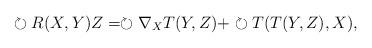
LaTeX: \begin{align*}\circlearrowright R(X,Y)Z=\circlearrowright \nabla_X T(Y,Z) + \circlearrowright T(T(Y,Z),X),\end{align*}